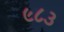
૯૮૩